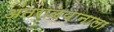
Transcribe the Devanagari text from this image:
अंतराळयानाला